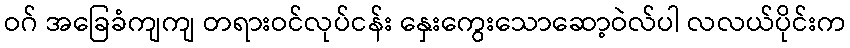
ဝဂ် အခြေခံကျကျ တရားဝင်လုပ်ငန်း နှေးကွေးသောဆော့ဝဲလ်ပါ လလယ်ပိုင်းက